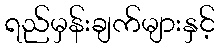
ရည်မှန်းချက်များနှင့်